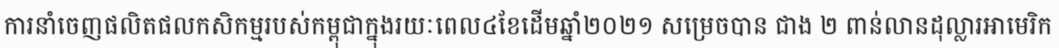
ការនាំចេញផលិតផលកសិកម្មរបស់កម្ពុជាក្នុងរយៈពេល៤ខែដើមឆ្នាំ២០២១ សម្រេចបាន ជាង ២ ពាន់លានដុល្លារអាមេរិក